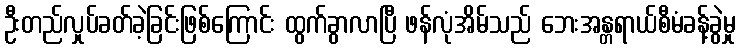
ဦးတည်လှုပ်ခတ်ခဲ့ခြင်းဖြစ်ကြောင်း ထွက်ခွာလာပြီ ဖန်လုံအိမ်သည် ဘေးအန္တရာယ်စီမံခန့်ခွဲမှု